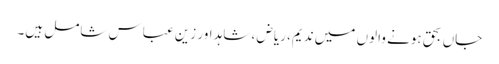
جاں بحق ہونے والوں میں ندیم، ریاض ، شاہد اور زین عباس شامل ہیں۔